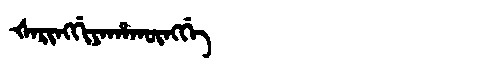
Manchu: ᡧᠠᡵᡳᠩᡤᡳᠶᠠᡥᠠᡴᡡᠩᡤᡝ
Romanization: ŠARINGGIYAHAKŪNGGE